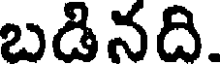
బడినది.